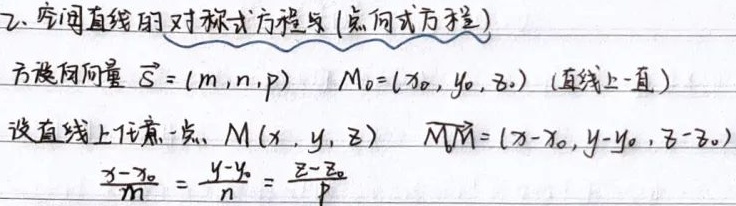
2. 空间直线的对称式方程（点向式方程）：方向向量\(\vec{S}=(m,n,p)\)，\(M_0=(x_0,y_0,z_0)\)（直线上一点）。设直线上任意一点\(M(x,y,z)\)，\(\overrightarrow{M_0M}=(x - x_0,y - y_0,z - z_0)\)。
\[\frac{x - x_0}{m}=\frac{y - y_0}{n}=\frac{z - z_0}{p}\]